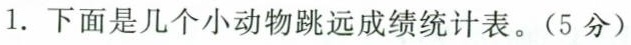
1.下面是几个小动物跳远成绩统计表。(5分)